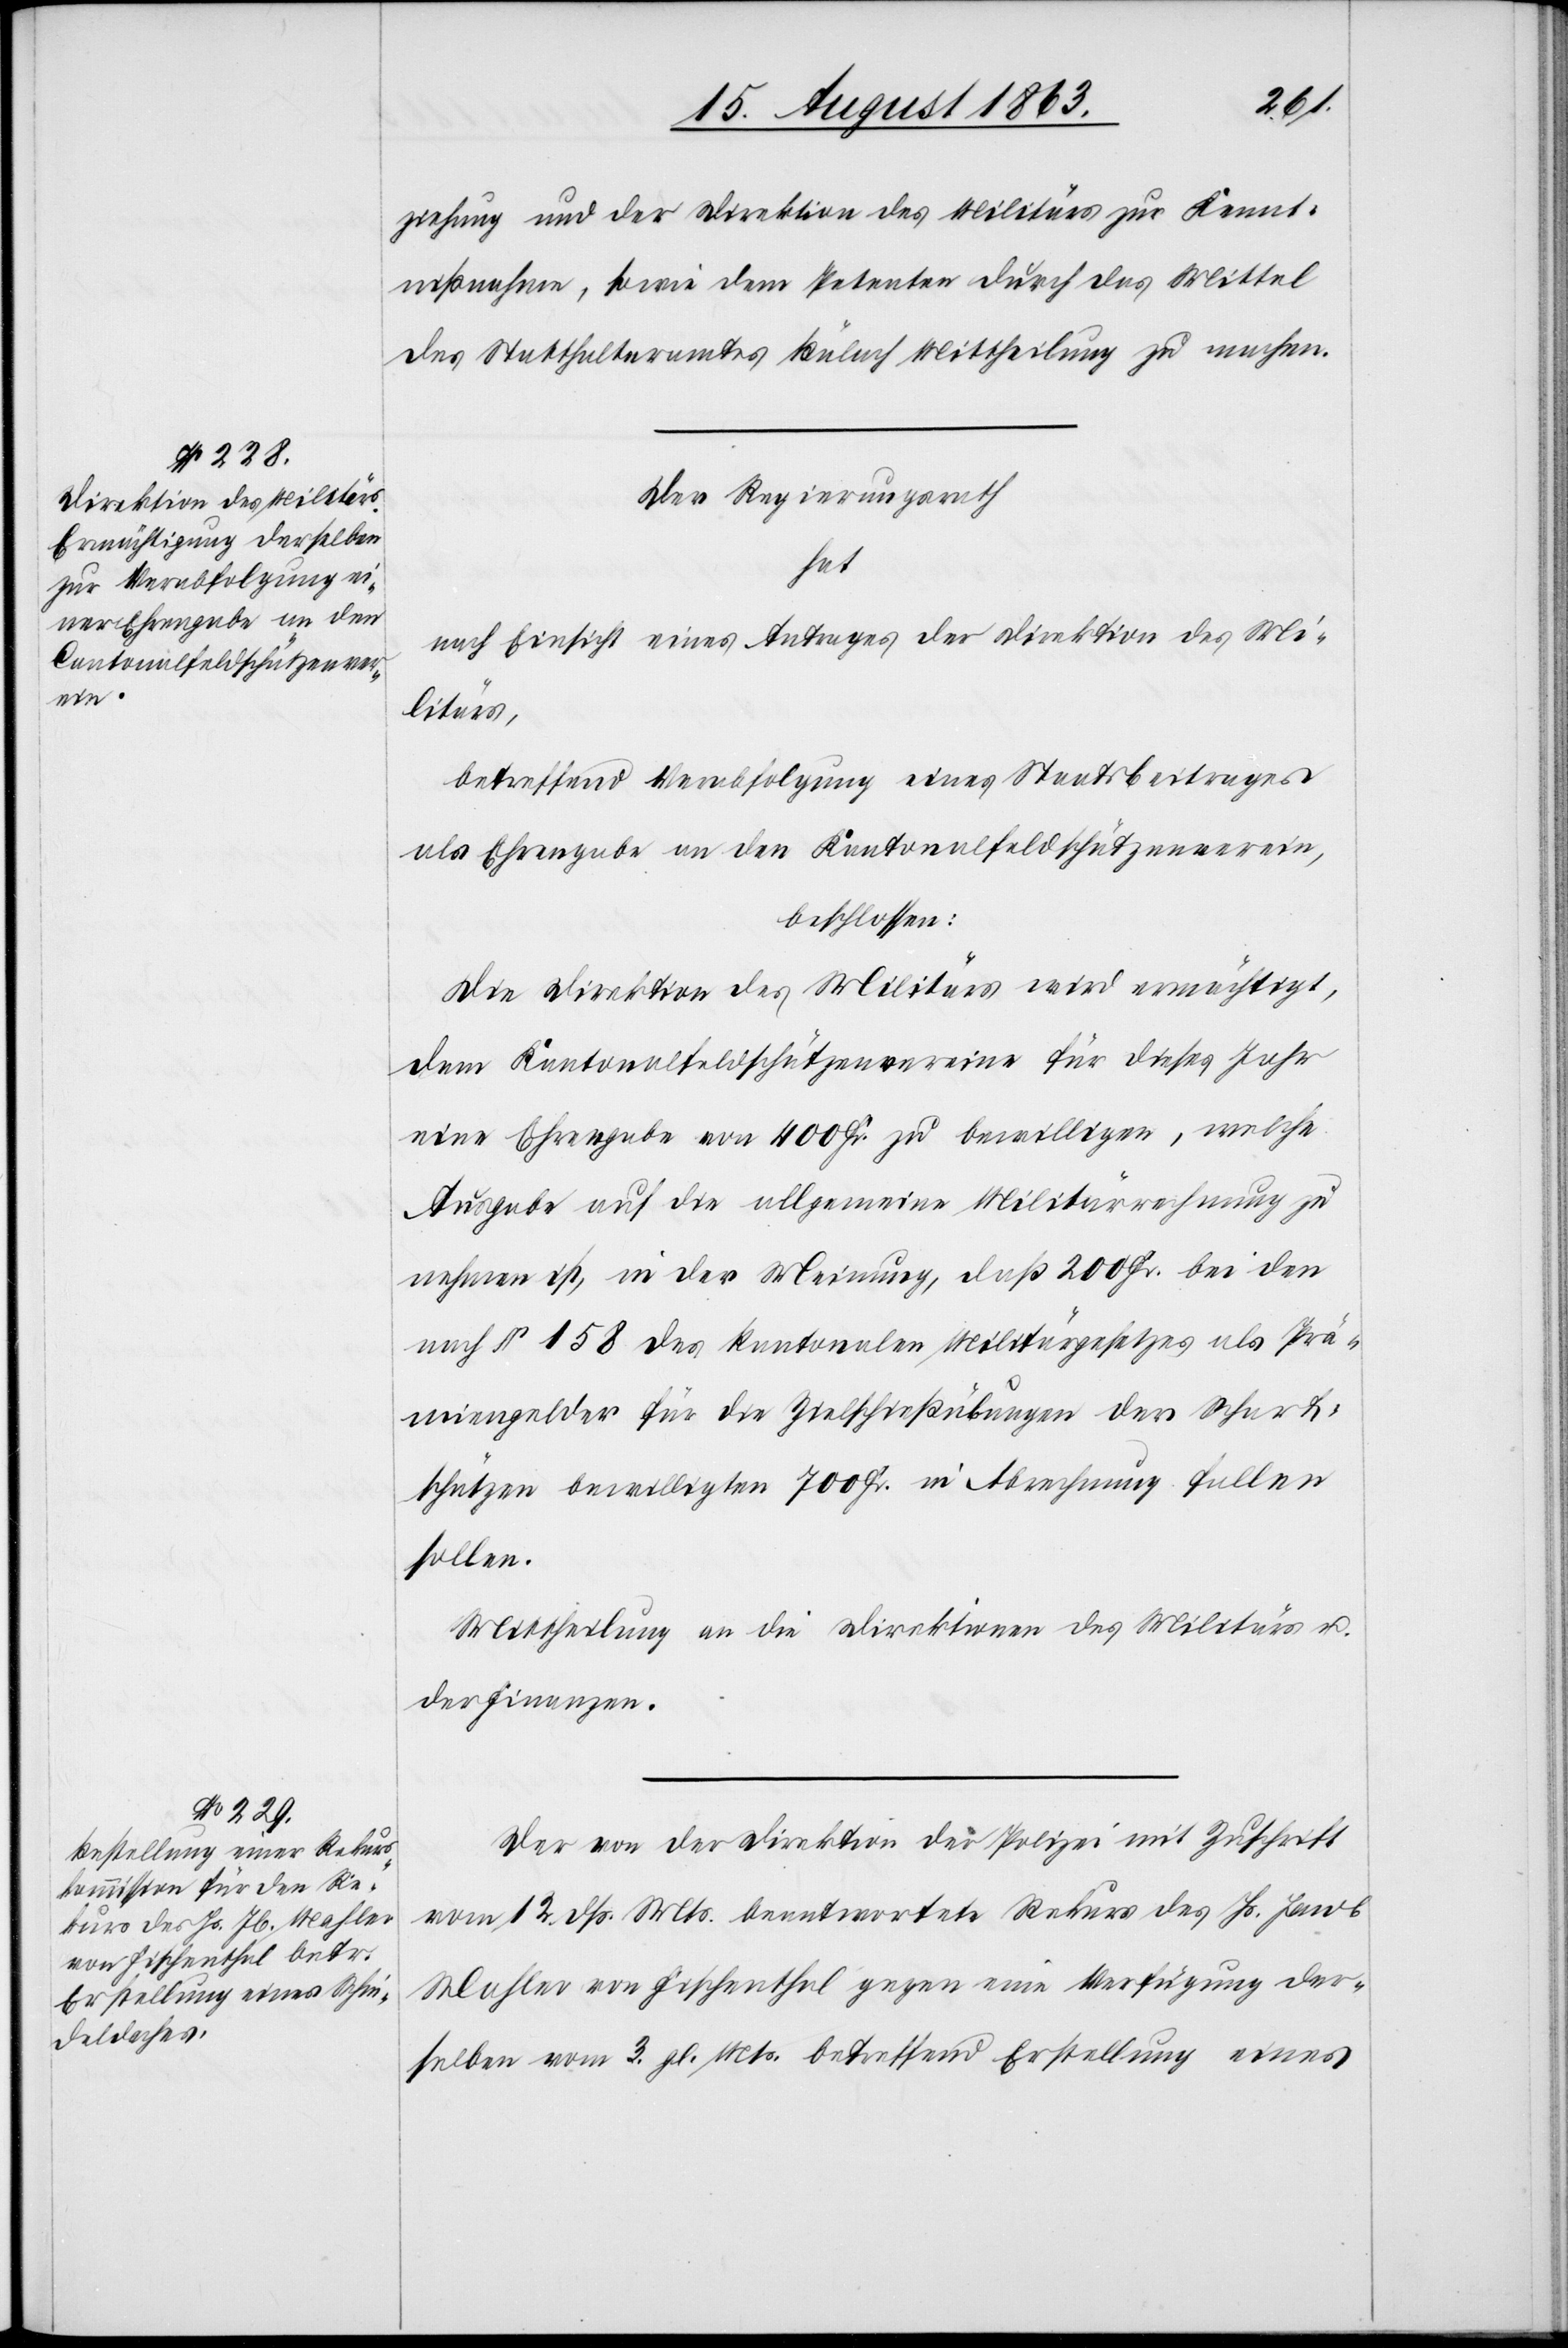
ziehung und der Direktion des Militärs zur Kennt¬
nißnahme, sowie dem Petenten durch das Mittel
des Statthalteramtes Bülach Mittheilung zu machen.
Der Regierungsrath
hat
nach Einsicht eines Antrages der Direktion des Mi¬
litärs,
betreffend Verabfolgung eines Staatsbeitrages
als Ehrengabe an den Kantonalfeldschützenverein,
beschlossen:
Die Direktion des Militärs wird ermächtigt,
dem Kantonalfeldschützenvereine für dieses Jahr
eine Ehrengabe von 400 Fr. zu bewilligen, welche
Ausgabe auf die allgemeine Militärrechnung zu
nehmen ist, in der Meinung, daß 200 Fr. bei den
nach § 158 des kantonalen Militärgesetzes als Prä¬
miengelder für die Zielschießübungen der Scharf¬
schützen bewilligten 700 Fr. in Abrechnung fallen
sollen.
Mittheilung an die Direktionen des Militärs u.
der Finanzen.
Der von der Direktion der Polizei mit Zuschrift
vom 12. dß. Mts. beantwortete Rekurs des Hs. Jacob
Mahler von Fischenthal gegen eine Verfügung der¬
selben vom 3. gl. Mts. betreffend Erstellung eines